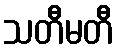
သတီမတီ